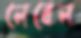
লেবেল